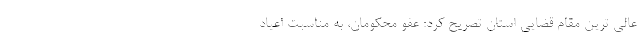
عالی ترین مقام قضایی استان تصریح کرد: عفو محکومان، به مناسبت اعیاد